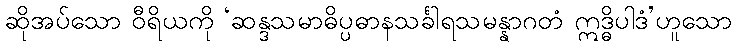
ဆိုအပ်သော ဝီရိယကို ‘ဆန္ဒသမာဓိပ္ပဓာနသင်္ခါရသမန္နာဂတံ ဣဒ္ဓိပါဒံ’ဟူသော